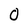
Character: 0